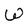
Character: W